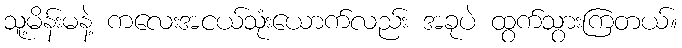
သူ့မိန်းမနဲ့ ကလေးအငယ်သုံးယောက်လည်း အခုပဲ ထွက်သွားကြတယ်။